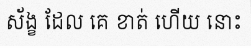
ស័ង្ខ ដែល គេ ខាត់ ហើយ នោះ